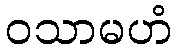
ဝသာမဟံ